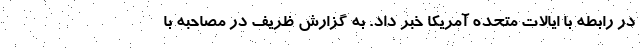
در رابطه با ایالات متحده آمریکا خبر داد. به گزارش ظریف در مصاحبه با